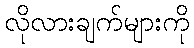
လိုလားချက်များကို